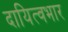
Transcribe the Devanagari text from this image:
दायित्वभार